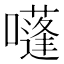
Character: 𡂫